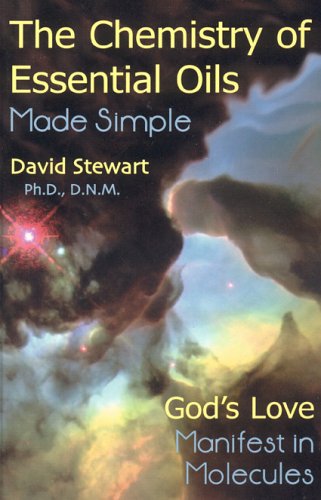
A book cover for Chemistry of Essential Oils Made Simple: God's Love Manifest in Molecules; David Stewart; Health, Fitness & Dieting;